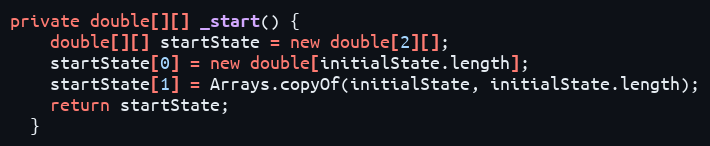
Language: Java
private double[][] _start() {
    double[][] startState = new double[2][];
    startState[0] = new double[initialState.length];
    startState[1] = Arrays.copyOf(initialState, initialState.length);
    return startState;
  }